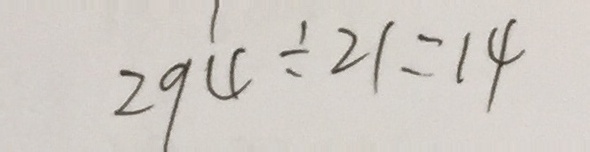
2 9 4 \div 2 1 = 1 4